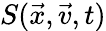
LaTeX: S(\vec{x},\vec{v},t)